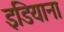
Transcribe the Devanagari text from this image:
इडियाना